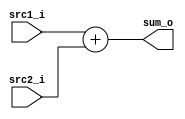
//109550085
`timescale 1ns / 1ps
//////////////////////////////////////////////////////////////////////////////////
// Company: 
// Engineer: 
// 
// Design Name: 
// Module Name: Adder
// Project Name: 
// Target Devices: 
// Tool Versions: 
// Description: 
// 
// Dependencies: 
// 
// Revision:
// Revision 0.01 - File Created
// Additional Comments:
// 
//////////////////////////////////////////////////////////////////////////////////


module Adder(
    src1_i,
    src2_i,
    sum_o
    );
    
//I/O ports
input  [32-1:0]  src1_i;
input  [32-1:0]	 src2_i;
output [32-1:0]	 sum_o;

//Internal Signals
wire    [32-1:0]	 sum_o;

//Parameter
    
//Main function
assign sum_o = src1_i + src2_i;

endmodule